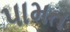
પામત